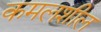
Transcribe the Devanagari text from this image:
कमलशील